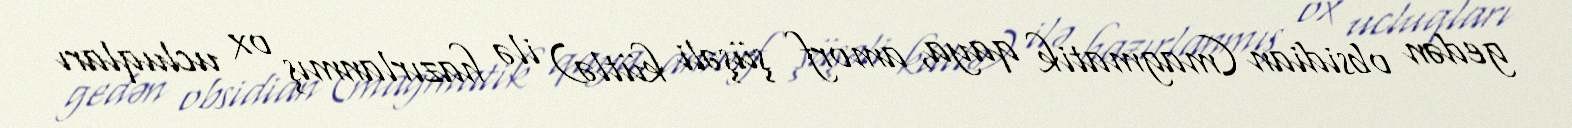
gedən obsidian (magmatik qaya, amorf şüşəli kütlə) ilə hazırlanmış ox ucluqları